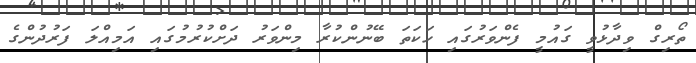
ތޯރިގް ވިދާޅުވީ ގައުމީ ފެންވަރުގައި ހަކަތަ ބޭނުންކުރާ މިންވަރު ދަށްކުރުމުގައި އަމިއްލަ ފަރުދުންގެ